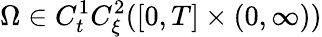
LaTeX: \Omega\in C_{t}^{1}C_{\xi}^{2}([0,T]\times(0,\infty))